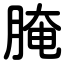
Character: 腌